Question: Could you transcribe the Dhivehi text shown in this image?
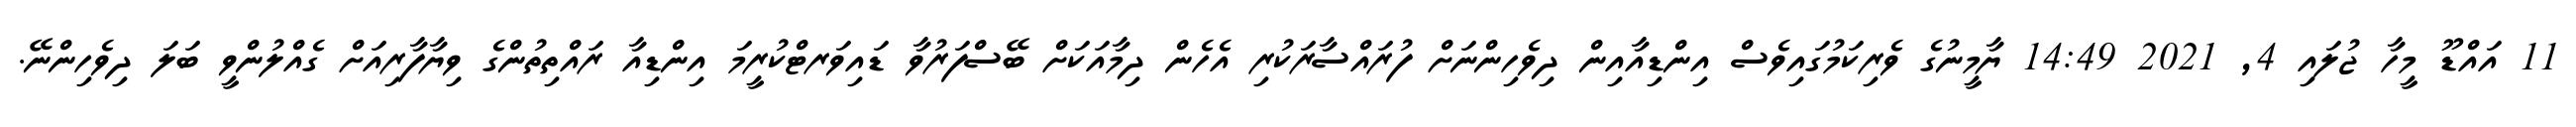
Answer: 11 އައްޑޫ މީހާ ޖުލައި 4, 2021 14:49 ޔާމީނުގެ ވެރިކަމުގައިވެސް އިންޑިއާއިން ދިވެހިންނަށް ފުރައްސާރަކުރި އެހެން ދިމާއަކަށް ބޭސްފަރުވާ ޑައިވަރޓްކުރީމަ އިންޑިއާ ރައްތިތުންގެ ވިޔާފާރިއަށް ގެއްލުންވީ ބަލަ ދިވެހިންނޭ.